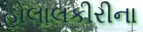
હોલાલકીરીના